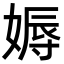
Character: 媷